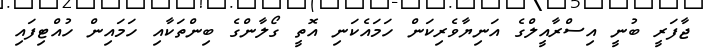
ޖާފަރީ ބުނީ އިސްރާއީލްގެ އަނިޔާވެރިކަން ހަމައެކަނި އޮތީ ގޯލާންގެ ބިންތަކާއި ހަމައިން ހުއްޓިފައި